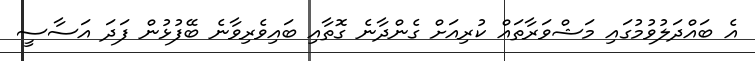
އެ ބައްދަލުވުމުގައި މަޝްވަރާތައް ކުރިއަށް ގެންދާނެ ގޮތާއި ބައިވެރިވާނެ ބޭފުޅުން ފަދަ އަަސާސީ